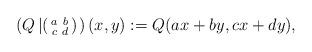
LaTeX: \begin{align*}\left(Q\left|\left(\begin{smallmatrix}a&b\\c&d\end{smallmatrix}\right)\right.\right)(x,y):=Q(ax+by,cx+dy),\end{align*}